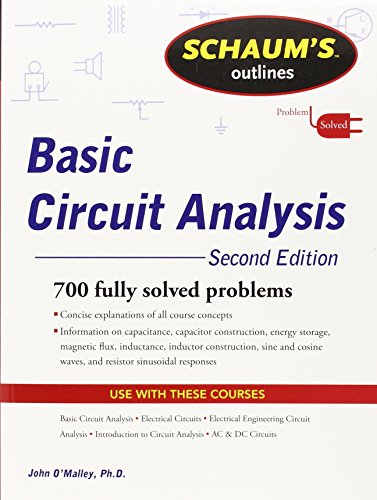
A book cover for Schaum's Outline of Basic Circuit Analysis, Second Edition (Schaum's Outlines); John O'Malley; Engineering & Transportation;